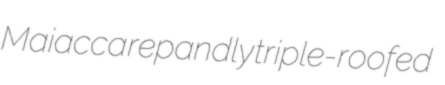
Maiacca repandly triple-roofed